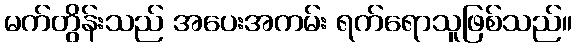
မက်တွိန်းသည် အပေးအကမ်း ရက်ရောသူဖြစ်သည်။